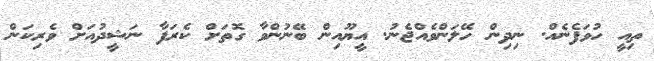
ތިއީ ހުވަފެނެއް. ނިދިން ހޭލަންވެއްޖެނު. އީޔޫއިން ބޭނުންވާ ގޮތަށް ކެރަފާ ނަޝީދުއަށް ވެރިކަން